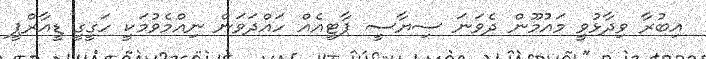
އިބުރާ ވިދާޅުވީ މައުމޫން ދެވަނަ ސިޔާސީ ޕާޓީއެއް ހައްދަވަން ނިއްމެވުމަކީ ހަގީގީ ޑީއާރްޕީ